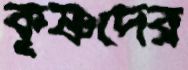
কৃষ্ণদের